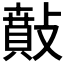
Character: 𢿠